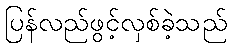
ပြန်လည်ဖွင့်လှစ်ခဲ့သည်